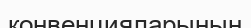
конвенцияларының